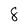
Character: 8